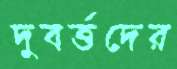
দুবর্ত্তদের